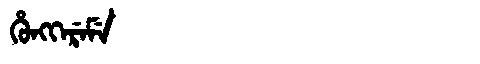
Manchu: ᡥᡠᠩᡴᡝᡵᡝᠮᡝ
Romanization: HUNGKEREME